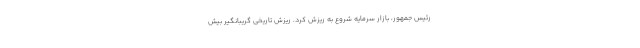
رئیس جمهور، بازار سرمایه شروع به ریزش کرد. ریزش تاریخی گریبانگیر بیش